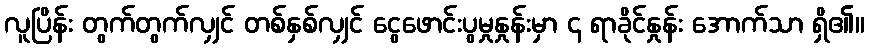
လူပြိန်း တွက်တွက်လျှင် တစ်နှစ်လျှင် ငွေဖောင်းပွမှုနှုန်းမှာ ၄ ရာခိုင်နှုန်း အောက်သာ ရှိ၏။